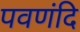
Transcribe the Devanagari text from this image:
पवणंदि